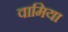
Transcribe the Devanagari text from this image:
वामिया